Vabadussoja_Ajaloo_Komitee, lk 28
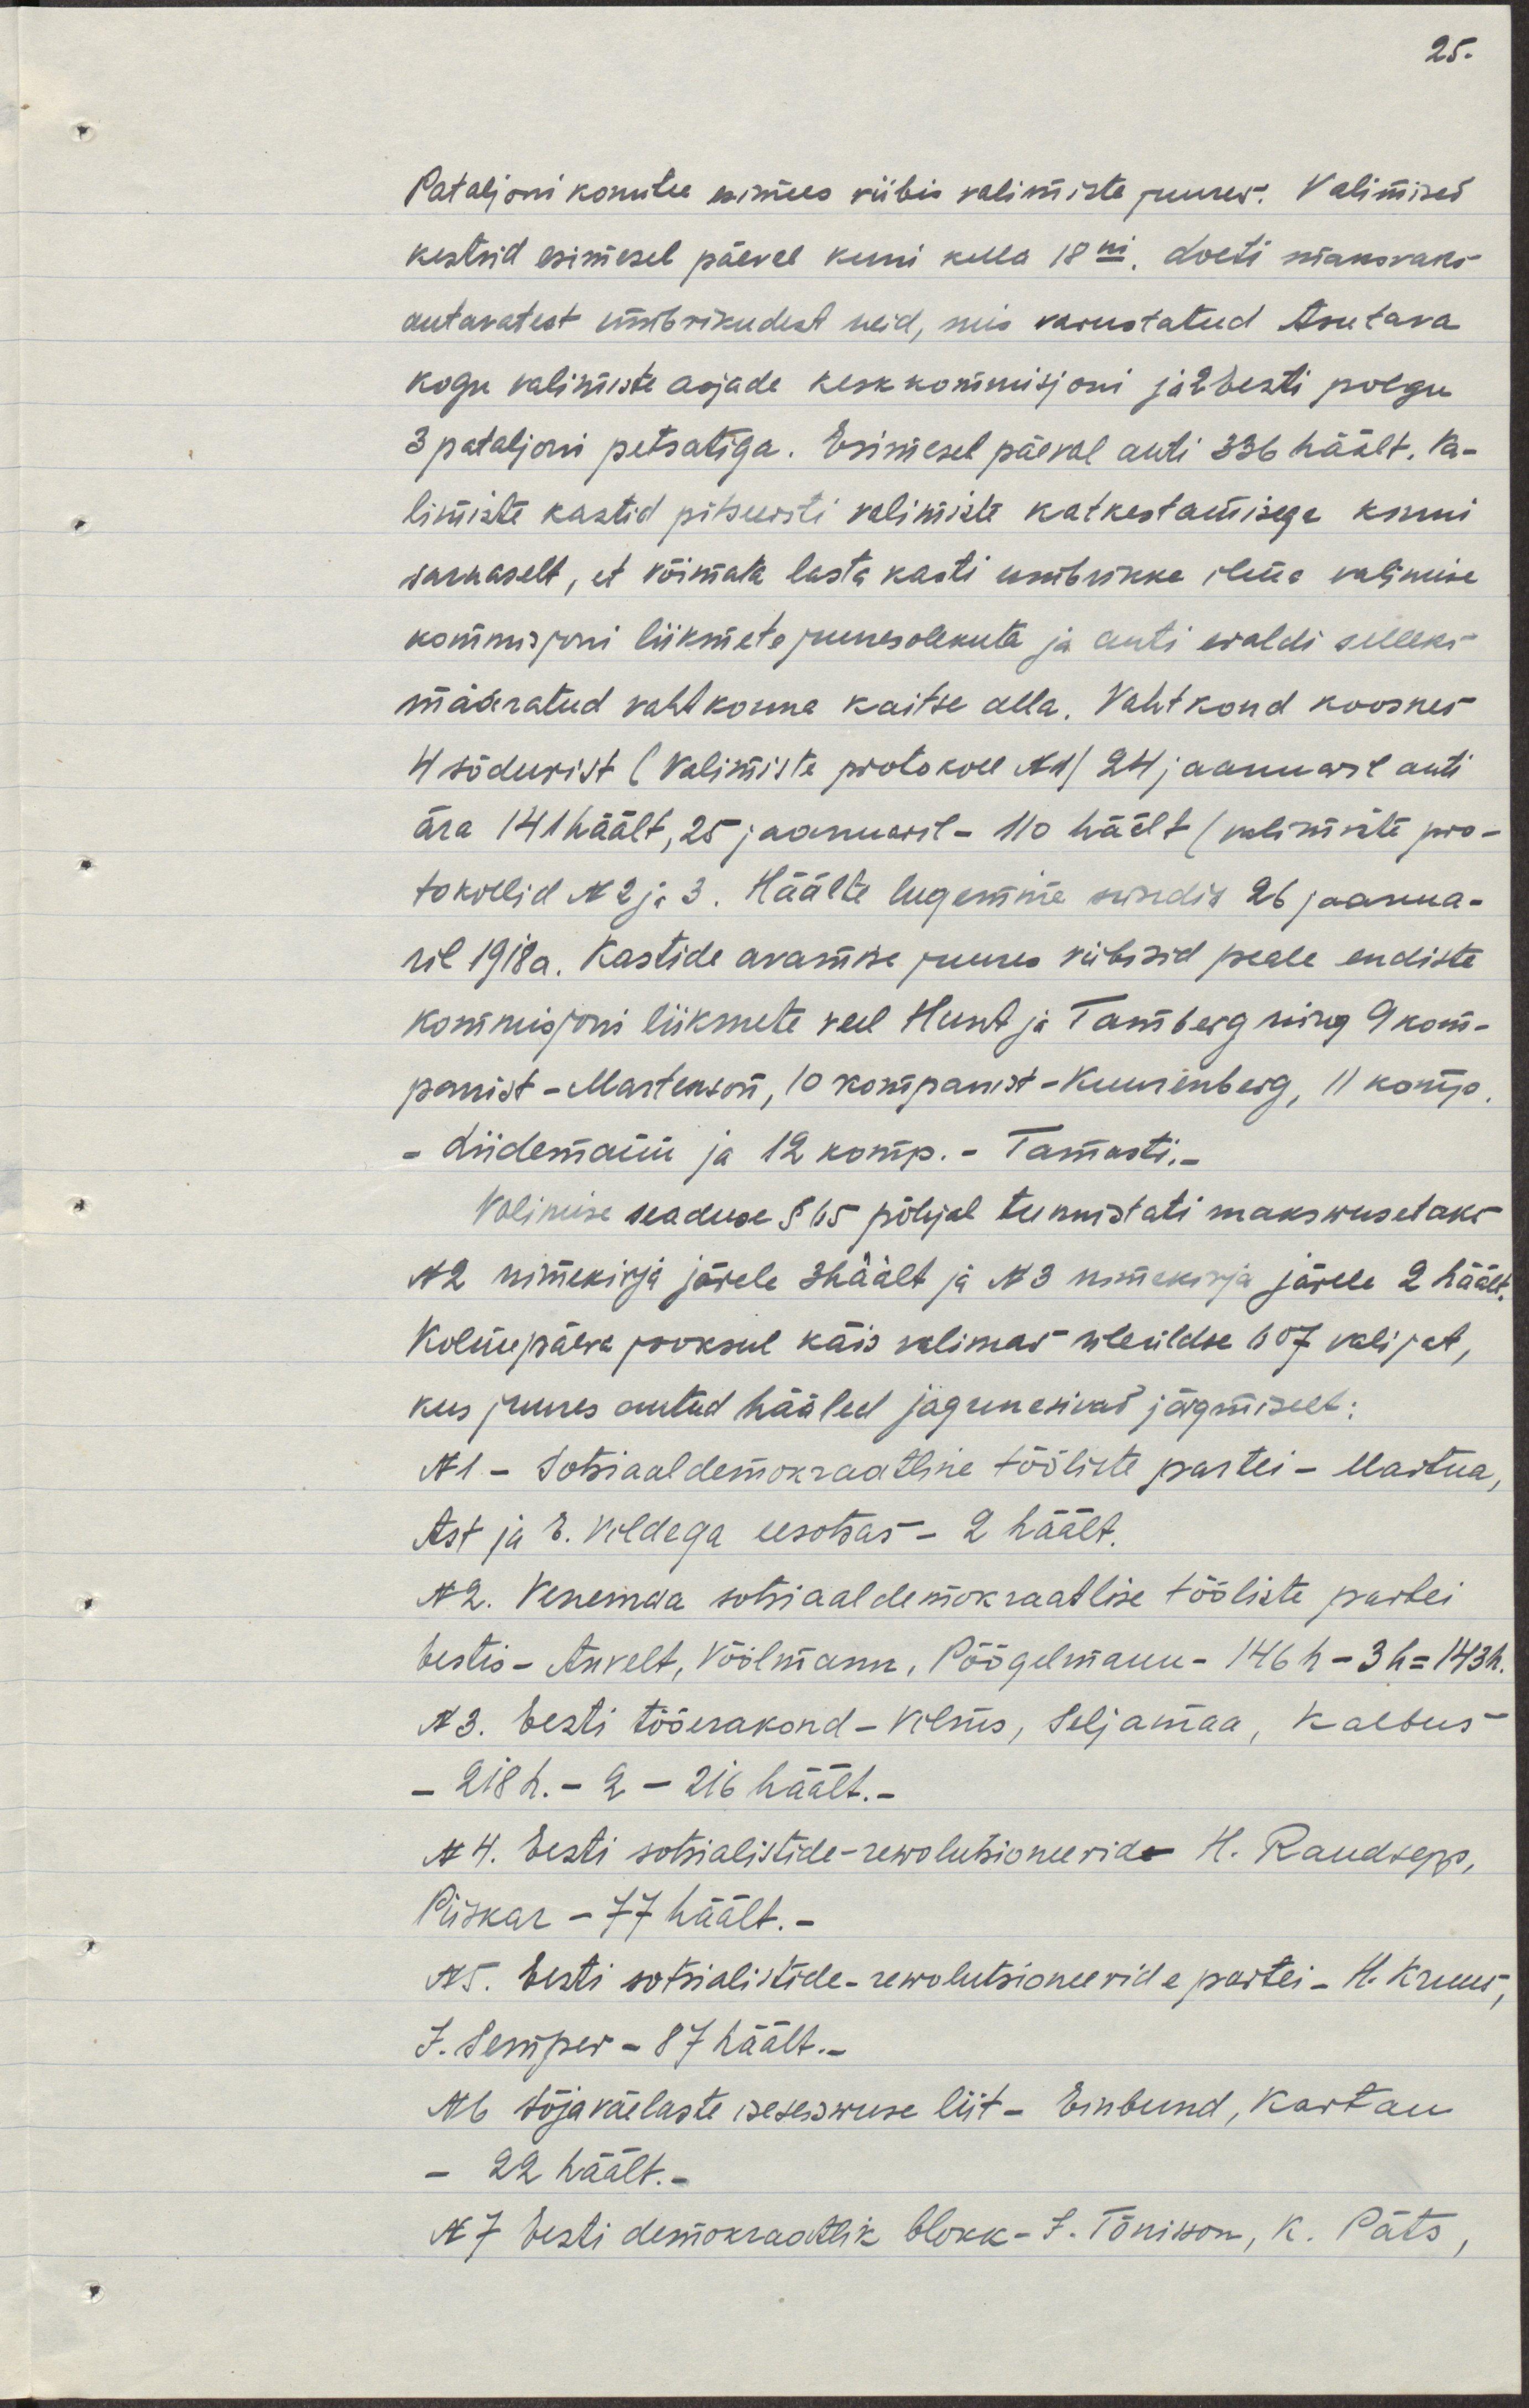
Pataljoni komitee esimees viibis valimiste juures. Valimised
kestsid esimesel päeval kuni kella 18ni. Loeti maksmaks
antavatest ümbrikudest neid, mis varustatud Asutava
kogu valimiste asjade keskkomisjoni ja 2 Eesti polgu
3 pataljoni pitsatiga. Esimesel päeval anti 336 häält. Va-
limiste kastid pitseeriti valimiste katkestamisega kinni
sarnaselt, et võimata lasta kasti umbrikke ilma valimise
komisjoni liikmete juuresolekuta ja anti eraldi selleks
määratud vahtkonna kaitse alla. Vahtkond koosnes
4 sõdurist (Valimiste protokoll N1/ 24 jaanuaril anti
ära 141 häält, 25 jaanuaril- 110 häält/ valimiste pro-
tokollid N 2 ja 3. Häälte lugemine sundis 26 jaanua-
ril 1918a. Kastide avamise juures viibisid peale endiste
komisjoni liikmete veel Hunt ja Tamberg ning 9 kom-
panist - Martenson, 10 kompanist- Kuusenberg, 11 komp.
- Liidemann ja 12 komp.- Tamasti.-
Valimise seaduse §65 põhjal tunnistati makswusetaks
N2 nimekirja järele 3 häält ja N3 nimekirja järele 2 häält.
Kolme päeva jooksul käis valimas üleüldse 607 valijat,
kus juures antud hääled jagunesid järgmiselt:
N1- Sotsiaaldemokraatiline tööliste partei - Martna,
Ast ja E. Vildega eesotsas - 2 häält.
N2. Venemaa sotsiaaldemokraatlise tööliste partei
Eestis - Anvelt, Vöölmann, Põõgelmann - 146h - 3h = 143h.
N3. Eesti tööerakond - Vilms, Seljamaa, Kalbus
- 218 h. -2 - 216 häält.-
N4. Eesti sotsialistide rewolutsionäärid - H. Raudsepp,
Piiskar - 77 häält.-
N5. Eesti sotsialistide-rewolutsioneeride partei - H. Kruus,
J. Semper - 87 häält.-
N6. Sõjaväeleaste iseseiswuse liit- Einbund, Kartau
- 22 häält.
N7 Eesti demoktraatlik blokk - J. Tõnisson, K. Päts,